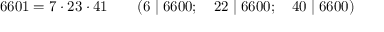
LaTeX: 6 6 0 1 = 7 \cdot 2 3 \cdot 4 1 \qquad ( 6 \mid 6 6 0 0 ; \quad 2 2 \mid 6 6 0 0 ; \quad 4 0 \mid 6 6 0 0 )